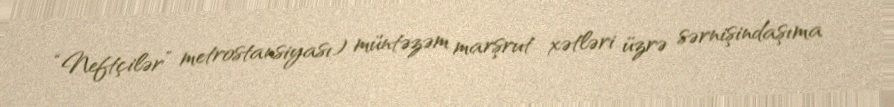
“Neftçilər” metrostansiyası) müntəzəm marşrut xətləri üzrə sərnişindaşıma